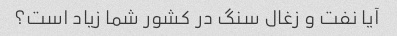
آیا نفت و زغال سنگ در کشور شما زیاد است؟